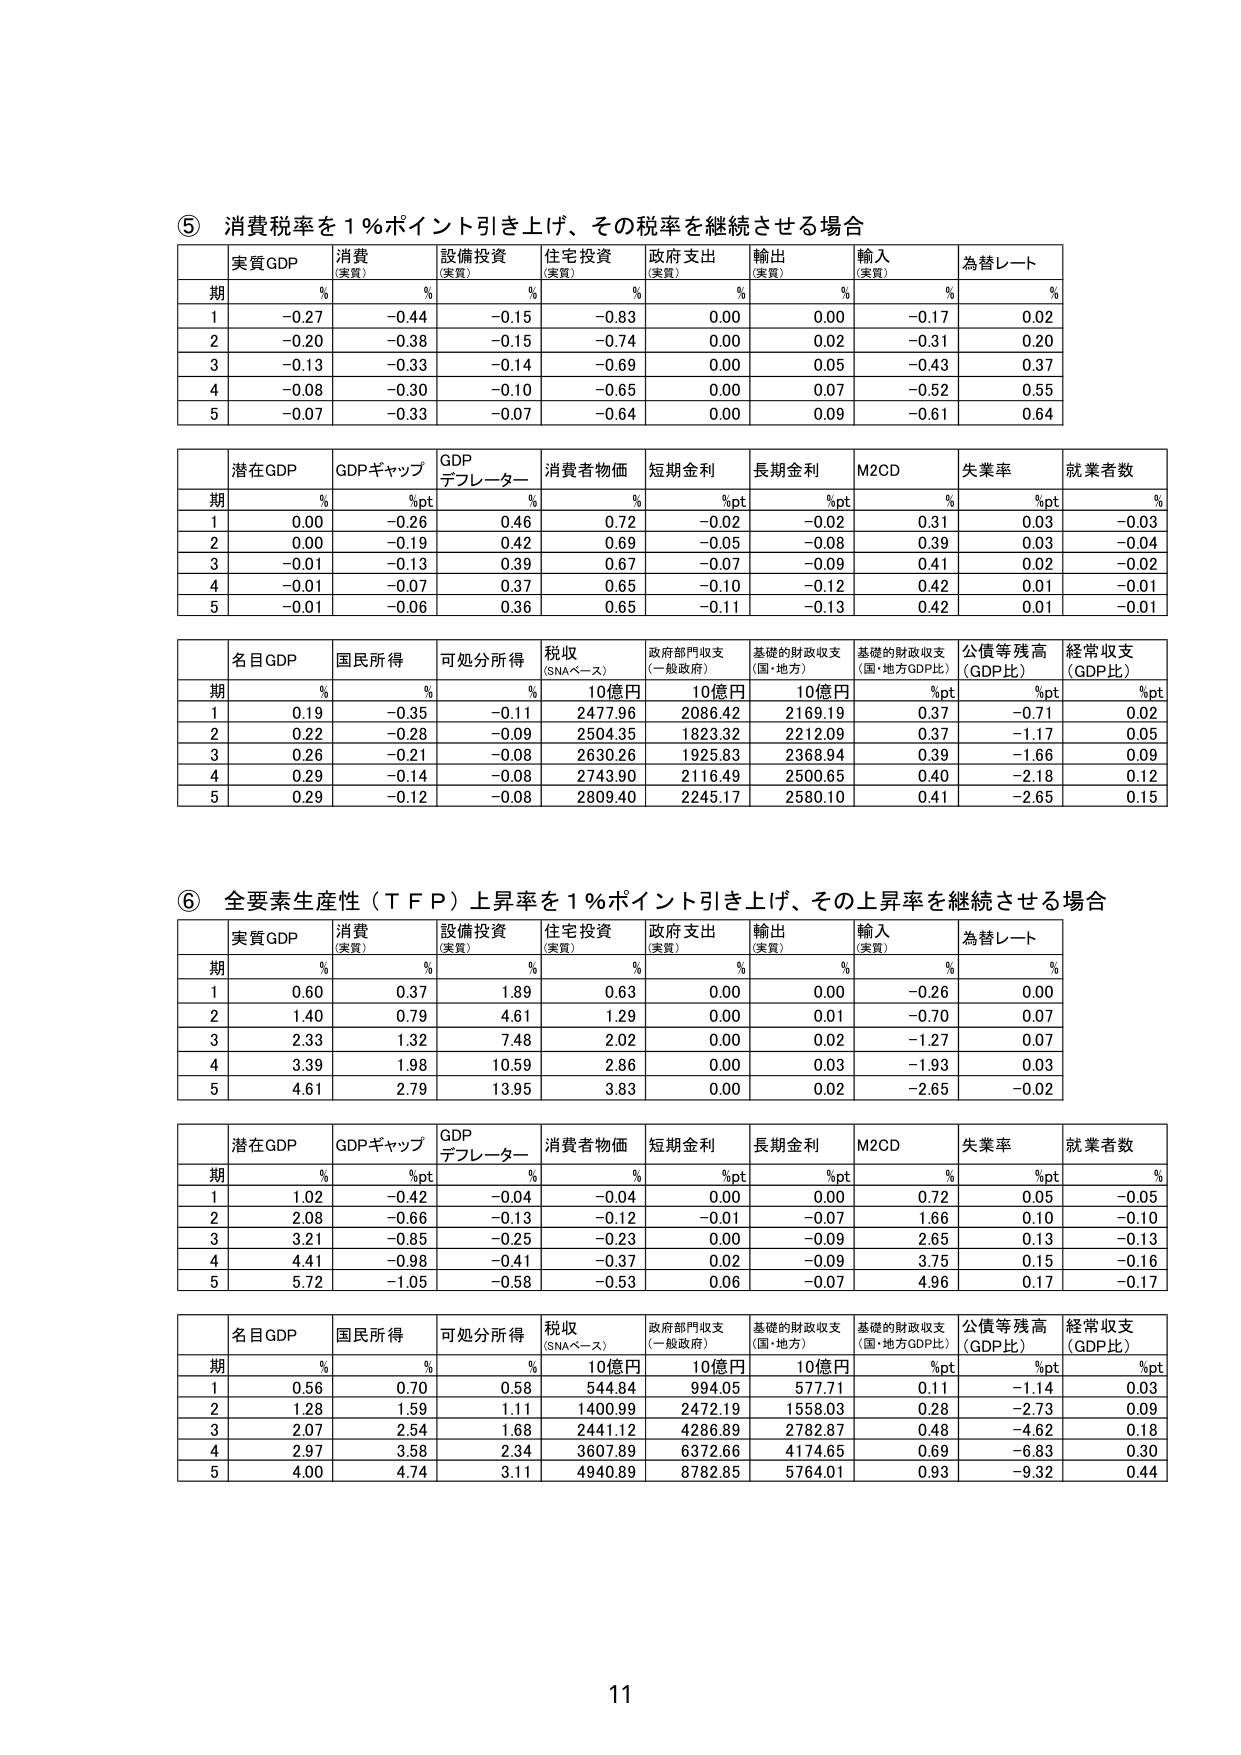
⑤ 消費税率を1％ポイント引き上げ、その税率を継続させる場合
実質GDP 消費（実質） 設備投資（実質） 住宅投資（実質） 政府支出（実質） 輸出（実質） 輸入（実質） 為替レート
期 % % % % % % % %
1 -0.27 -0.44 -0.15 -0.83 0.00 0.00 -0.17 0.02
2 -0.20 -0.38 -0.15 -0.74 0.00 0.02 -0.31 0.20
3 -0.13 -0.33 -0.14 -0.69 0.00 0.05 -0.43 0.37
4 -0.08 -0.30 -0.10 -0.65 0.00 0.07 -0.52 0.55
5 -0.07 -0.33 -0.07 -0.64 0.00 0.09 -0.61 0.64

潜在GDP GDPギャップ GDPデフレーター 消費者物価 短期金利 長期金利 M2CD 失業率 就業者数
期 % %pt % % %pt %pt % %pt %
1 0.00 -0.26 0.46 0.72 -0.02 -0.02 0.31 0.03 -0.03
2 0.00 -0.19 0.42 0.69 -0.05 -0.08 0.39 0.03 -0.04
3 -0.01 -0.13 0.39 0.67 -0.07 -0.09 0.41 0.02 -0.02
4 -0.01 -0.07 0.37 0.65 -0.10 -0.12 0.42 0.01 -0.01
5 -0.01 -0.06 0.36 0.65 -0.11 -0.13 0.42 0.01 -0.01

名目GDP 国民所得 可処分所得 税収（SNAベース） 政府部門収支（一般政府） 基礎的財政収支（国・地方） 基礎的財政収支（国・地方GDP比） 公債等残高（GDP比） 経常収支（GDP比）
期 % % % 10億円 10億円 10億円 %pt %pt %pt
1 0.19 -0.35 -0.11 2477.96 2086.42 2169.19 0.37 -0.71 0.02
2 0.22 -0.28 -0.09 2504.35 1823.32 2212.09 0.37 -1.17 0.05
3 0.26 -0.21 -0.08 2630.26 1925.83 2368.94 0.39 -1.66 0.09
4 0.29 -0.14 -0.08 2743.90 2116.49 2500.65 0.40 -2.18 0.12
5 0.29 -0.12 -0.08 2809.40 2245.17 2580.10 0.41 -2.65 0.15

⑥ 全要素生産性（TFP）上昇率を1％ポイント引き上げ、その上昇率を継続させる場合
実質GDP 消費（実質） 設備投資（実質） 住宅投資（実質） 政府支出（実質） 輸出（実質） 輸入（実質） 為替レート
期 % % % % % % % %
1 0.60 0.37 1.89 0.63 0.00 0.00 -0.26 0.00
2 1.40 0.79 4.61 1.29 0.00 0.01 -0.70 0.07
3 2.33 1.32 7.48 2.02 0.00 0.02 -1.27 0.07
4 3.39 1.98 10.59 2.86 0.00 0.03 -1.93 0.03
5 4.61 2.79 13.95 3.83 0.00 0.02 -2.65 -0.02

潜在GDP GDPギャップ GDPデフレーター 消費者物価 短期金利 長期金利 M2CD 失業率 就業者数
期 % %pt % % %pt %pt % %pt %
1 1.02 -0.42 -0.04 -0.04 0.00 0.00 0.72 0.05 -0.05
2 2.08 -0.66 -0.13 -0.12 -0.01 -0.07 1.66 0.10 -0.10
3 3.21 -0.85 -0.25 -0.23 0.00 -0.09 2.65 0.13 -0.13
4 4.41 -0.98 -0.41 -0.37 0.02 -0.09 3.75 0.15 -0.16
5 5.72 -1.05 -0.58 -0.53 0.06 -0.07 4.96 0.17 -0.17

名目GDP 国民所得 可処分所得 税収（SNAベース） 政府部門収支（一般政府） 基礎的財政収支（国・地方） 基礎的財政収支（国・地方GDP比） 公債等残高（GDP比） 経常収支（GDP比）
期 % % % 10億円 10億円 10億円 %pt %pt %pt
1 0.56 0.70 0.58 544.84 994.05 577.71 0.11 -1.14 0.03
2 1.28 1.59 1.11 1400.99 2472.19 1558.03 0.28 -2.73 0.09
3 2.07 2.54 1.68 2441.12 4286.89 2782.87 0.48 -4.62 0.18
4 2.97 3.58 2.34 3607.89 6372.66 4174.65 0.69 -6.83 0.30
5 4.00 4.74 3.11 4940.89 8782.85 5764.01 0.93 -9.32 0.44

11